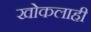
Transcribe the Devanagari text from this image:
खोकलाही